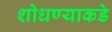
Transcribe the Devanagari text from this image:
शोधण्याकडे